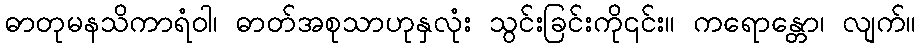
ဓာတုမနသိကာရံဝါ၊ ဓာတ်အစုသာဟုနှလုံး သွင်းခြင်းကို၎င်း။ ကရောန္တော၊ လျက်။